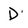
Character: D